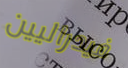
فيدراليين